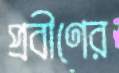
প্রবীণের